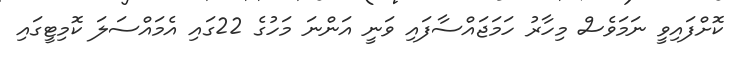
ކޮށްފައިވީ ނަމަވެސް މިހާރު ހަމަޖައްސާފައި ވަނީ އަންނަ މަހުގެ 22ގައި އެމައްސަލަ ކޮމިޓީގައި